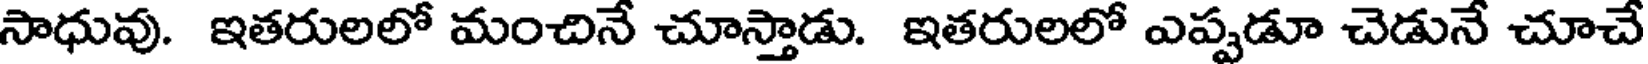
సాధువు. ఇతరులలో మంచినే చూస్తాడు. ఇతరులలో ఎప్పడూ చెడునే చూచే